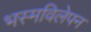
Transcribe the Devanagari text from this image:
भस्मविलेपन